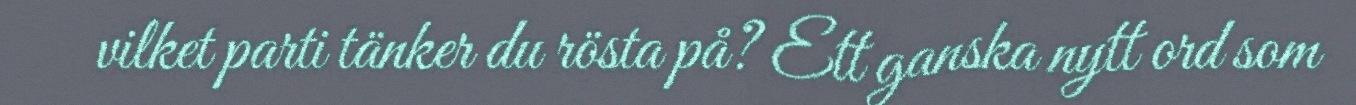
vilket parti tänker du rösta på? Ett ganska nytt ord som